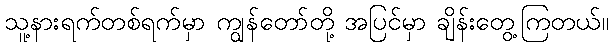
သူ့နားရက်တစ်ရက်မှာ ကျွန်တော်တို့ အပြင်မှာ ချိန်းတွေ့ကြတယ်။